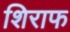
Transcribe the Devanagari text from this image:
शिराफ